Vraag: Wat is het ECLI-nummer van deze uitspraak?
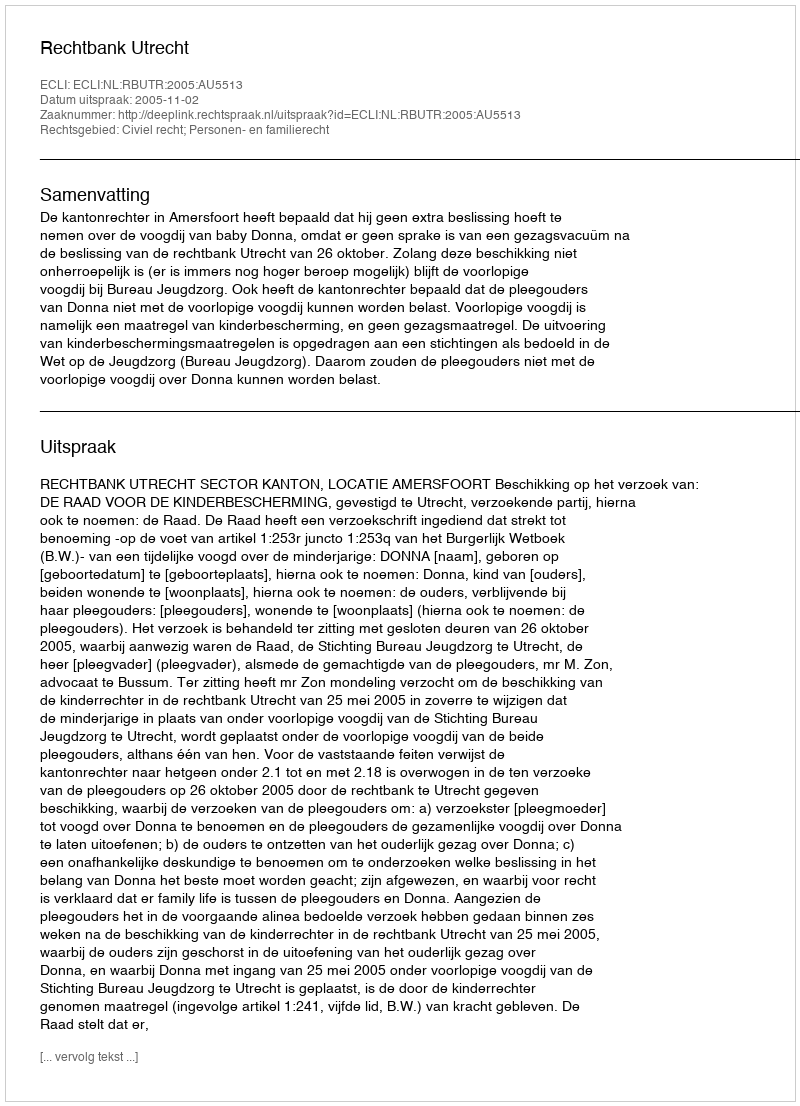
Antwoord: ECLI:NL:RBUTR:2005:AU5513